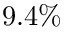
9 . 4 \%